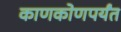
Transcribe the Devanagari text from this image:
काणकोणपर्यंत